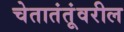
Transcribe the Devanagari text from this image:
चेतातंतूंवरील